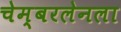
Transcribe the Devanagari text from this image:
चेम्बरलेनला